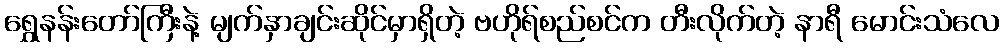
ရွှေနန်းတော်ကြီးနဲ့ မျက်နှာချင်းဆိုင်မှာရှိတဲ့ ဗဟိုရ်စည်စင်က တီးလိုက်တဲ့ နာရီ မောင်းသံလေ